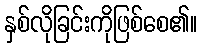
နှစ်လိုခြင်းကိုဖြစ်စေ၏။